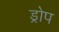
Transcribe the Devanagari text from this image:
ड्रोप